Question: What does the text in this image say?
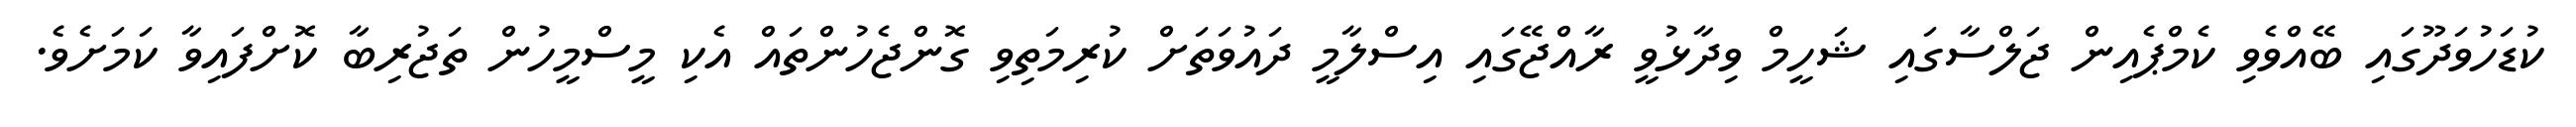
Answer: ކުޑަހުވަދޫގައި ބޭއްވެވި ކެމްޕެއިން ޖަލްސާގައި ޝަހީމް ވިދާޅުވީ ރާއްޖޭގައި އިސްލާމީ ދައުވަތަށް ކުރިމަތިވި ގޮންޖެހުންތައް އެކި މީސްމީހުން ތަޖުރިބާ ކޮށްފައިވާ ކަމަށެވެ.